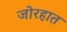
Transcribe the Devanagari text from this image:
जोरहात